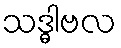
သဒ္ဓါဗလ